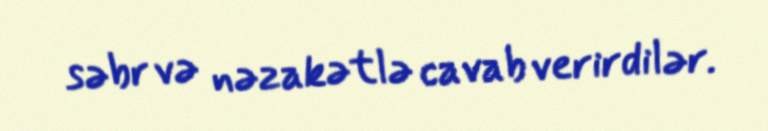
səbr və nəzakətlə cavab verirdilər.